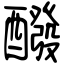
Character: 醱